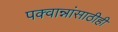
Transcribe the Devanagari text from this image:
पक्वान्नांसाठीही